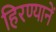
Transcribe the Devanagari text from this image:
हिरण्यानें